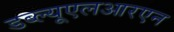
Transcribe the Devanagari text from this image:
डब्ल्यूएलआरएन